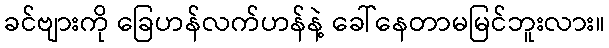
ခင်ဗျားကို ခြေဟန်လက်ဟန်နဲ့ ခေါ်နေတာမမြင်ဘူးလား။